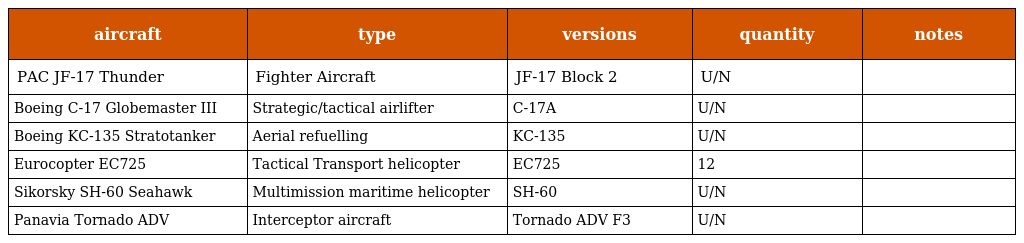
| aircraft | type | versions | quantity | notes |
 | --- | --- | --- | --- | --- |
 | PAC JF-17 Thunder | Fighter Aircraft | JF-17 Block 2 | U/N |  |
 | Boeing C-17 Globemaster III | Strategic/tactical airlifter | C-17A | U/N |  |
 | Boeing KC-135 Stratotanker | Aerial refuelling | KC-135 | U/N |  |
 | Eurocopter EC725 | Tactical Transport helicopter | EC725 | 12 |  |
 | Sikorsky SH-60 Seahawk | Multimission maritime helicopter | SH-60 | U/N |  |
 | Panavia Tornado ADV | Interceptor aircraft | Tornado ADV F3 | U/N |  |